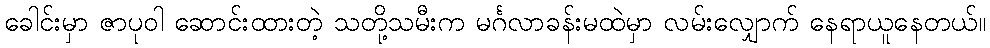
ခေါင်းမှာ ဇာပုဝါ ဆောင်းထားတဲ့ သတို့သမီးက မင်္ဂလာခန်းမထဲမှာ လမ်းလျှောက် နေရာယူနေတယ်။